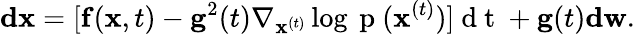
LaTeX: \mathbf{dx}=[\mathbf{f}(\mathbf{x},t)-\mathbf{g}^{2}(t)\nabla_{\mathbf{x}^{(t)}}\log{\mathrm{~p~}(\mathbf{x}^{(t)})}]\mathrm{~d~t~}+\mathbf{g}(t)\mathbf{dw}.